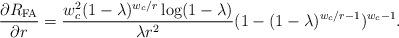
LaTeX: \begin{align*}\frac{\partial R_{\rm FA}}{\partial r} = \frac{ w_{c}^{2} (1-\lambda)^{w_{c}/r}\log(1-\lambda) }{\lambda r^{2}} (1-(1-\lambda)^{w_{c}/r-1} )^{w_{c}-1}.\end{align*}